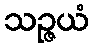
သဉ္ဇယံ